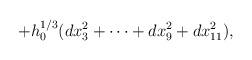
LaTeX: \begin{align*} +h_0^{1/3} (dx_3^2 + \cdots + dx_9^2+dx_{11}^2) ,\end{align*}